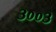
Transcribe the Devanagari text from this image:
३००३